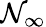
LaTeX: \mathcal{N}_{\infty}